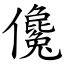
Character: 儳